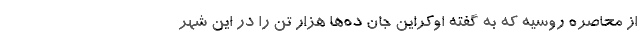
از محاصره روسیه که به گفته اوکراین جان ده‌ها هزار تن را در این شهر